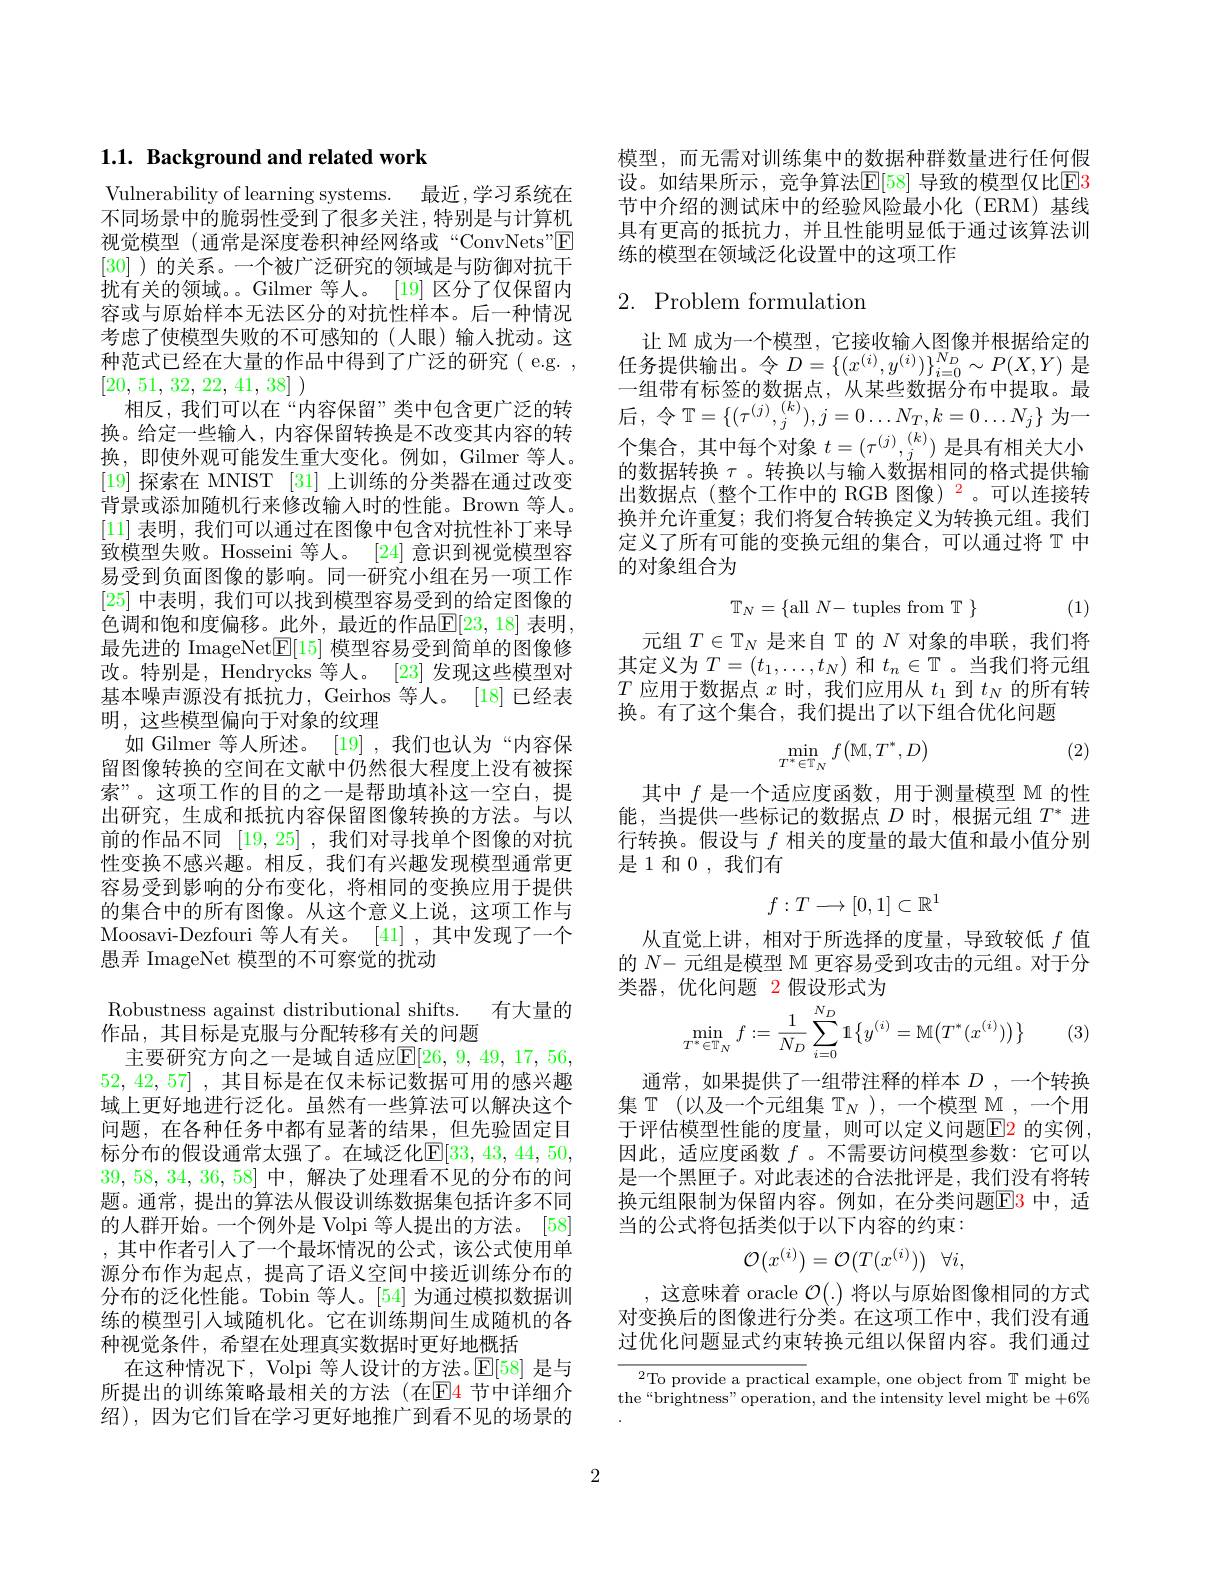
# 1.1. Background and related work

Vulnerability of learning systems. 最近，学习系统在不同场景中的脆弱性受到了很多关注，特别是与计算机视觉模型 (通常是深度卷积神经网络或“ConvNets”$\boxed{\mathrm{F}}$ [30] )的关系。一个被广泛研究的领域是与防御对抗干扰有关的领域。。Gilmer 等人。[19] 区分了仅保留内容或与原始样本无法区分的对抗性样本。后一种情况考虑了使模型失败的不可感知的(人眼)输人扰动。这种范式已经在大量的作品中得到了广泛的研究( e.g. , [20, 51, 32, 22, 41, 38] )
相反，我们可以在“内容保留”类中包含更广泛的转换。给定一些输人，内容保留转换是不改变其内容的转换，即使外观可能发生重大变化。例如，Gilmer 等人。[19]探索在 MNIST [31] 上训练的分类器在通过改变背景或添加随机行来修改输入时的性能。Brown 等人。[11]表明，我们可以通过在图像中包含对抗性补丁来导致模型失败。Hosseini 等人。[24] 意识到视觉模型容易受到负面图像的影响。同一研究小组在另一项工作[25]中表明，我们可以找到模型容易受到的给定图像的色调和饱和度偏移。此外，最近的作品$\mathbb{E}[23,18]$ 表明， 最先进的 ImageNet$\underline{\mathrm{E}}[15]$模型容易受到简单的图像修改。特别是，Hendrycks 等人。[23] 发现这些模型对基本噪声源没有抵抗力，Geirhos 等人。[18] 已经表明，这些模型偏向于对象的纹理
如 Gilmer 等人所述。[19] ,我们也认为“内容保留图像转换的空间在文献中仍然很大程度上没有被探索”。这项工作的目的之一是帮助填补这一空白，提出研究，生成和抵抗内容保留图像转换的方法。与以前的作品不同[19,25] ,我们对寻找单个图像的对抗性变换不感兴趣。相反，我们有兴趣发现模型通常更容易受到影响的分布变化，将相同的变换应用于提供的集合中的所有图像。从这个意义上说，这项工作与Moosavi-Dezfouri 等人有关。[41],其中发现了一个愚弄 ImageNet 模型的不可察觉的扰动
Robustness against distributional shifts. 有大量的
作品，其目标是克服与分配转移有关的问题
主要研究方向之一是域自适应$\mathbb{E}[26,9,49,17,56$, 52,42,57] ,其目标是在仅未标记数据可用的感兴趣域上更好地进行泛化。虽然有一些算法可以解决这个问题，在各种任务中都有显著的结果，但先验固定目标分布的假设通常太强了。在域泛化$\mathbb{E}[33,43,44,50$, 39,58,34,36,58]中，解决了处理看不见的分布的问题。通常，提出的算法从假设训练数据集包括许多不同的人群开始。一个例外是 Volpi 等人提出的方法。[58] ,其中作者引人了一个最坏情况的公式，该公式使用单源分布作为起点，提高了语义空间中接近训练分布的分布的泛化性能。Tobin 等人。[54] 为通过模拟数据训练的模型引入域随机化。它在训练期间生成随机的各种视觉条件，希望在处理真实数据时更好地概括
在这种情况下，Volpi 等人设计的方法。$\mathbb{E}[58]$是与绍),因为它们旨在学习更好地推广到看不见的场景的

模型，而无需对训练集中的数据种群数量进行任何假设。如结果所示，竞争算法$\mathbb{E}[58]$ 导致的模型仅比$\mathbb{E}$3节中介绍的测试床中的经验风险最小化(ERM)基线具有更高的抵抗力，并且性能明显低于通过该算法训练的模型在领域泛化设置中的这项工作

# $2.{\mathrm{~Problem~formulation}}$

让 M 成为一个模型，它接收输人图像并根据给定的任务提供输出。令$D=\{(x^{(i)},y^{(i)})\}_{i=0}^{N_D}\sim P(X,Y)$ 是一组带有标签的数据点，从某些数据分布中提取。最后，令$\mathbb{T}=\{(\tau^{(j)},_j^{(k)}),j=0\ldots N_T,k=0\ldots N_j\}$为一个集合，其中每个对象$t=(\tau^{(j)},_j^{(k)})$是具有相关大小的数据转换$\tau$。转换以与输入数据相同的格式提供输出数据点(整个工作中的 RGB 图像)$^{2}$。可以连接转换并允许重复；我们将复合转换定义为转换元组。我们定义了所有可能的变换元组的集合，可以通过将$\mathbb{T}$中的对象组合为
$$\mathbb{T}_N=\{\text{all}\:N-\text{tuples from}\mathbb{T}\:\}$$
$\{$ (1)

元组$T\in\mathbb{T}_N$是来自$\mathbb{T}$的$N$对象的串联，我们将其定义为$T=(t_1,\ldots,t_N)$和$t_n\in\mathbb{T}$ 。当我们将元组$T$应用于数据点$x$时，我们应用从$t_1$到$t_N$的所有转换。有了这个集合，我们提出了以下组合优化问题

(2)
$$\min_{T^*\in\mathbb{T}_N}f\begin{pmatrix}\mathbb{M},T^*,D\end{pmatrix}$$
其中$f$是一个适应度函数，用于测量模型 M 的性能，当提供一些标记的数据点$D$时，根据元组$T^*$进行转换。假设与$f$相关的度量的最大值和最小值分别是 1 和0 ,我们有
$$f:T\longrightarrow[0,1]\subset\mathbb{R}^1$$
从直觉上讲，相对于所选择的度量，导致较低$f$值的$N-$元组是模型 M 更容易受到攻击的元组。对于分类器，优化问题 2 假设形式为
$$\min_{T^{*}\in\mathbb{T}_{N}}f:=\frac{1}{N_{D}}\sum_{i=0}^{N_{D}}1\left\{y^{(i)}=\mathbb{M}\big(T^{*}(x^{(i)})\big)\right\}$$
(3)

通常，如果提供了一组带注释的样本$D$ ,一个转换集$\mathbb{T}$ (以及一个元组集$\mathbb{T}_N)$,一个模型 M ,一个用于评估模型性能的度量，则可以定义问题$\color{red}{\mathrm{E2}}$ 的实例， 因此，适应度函数$f$ 。不需要访问模型参数：它可以是一个黑匣子。对此表述的合法批评是，我们没有将转换元组限制为保留内容。例如，在分类问题$\color{red}{\mathrm{E3}}$ 中，适当的公式将包括类似于以下内容的约束：
$$\mathcal{O}(x^{(i)})=\mathcal{O}(T(x^{(i)}))\:\forall i,$$
,这意味着 oracle $\mathcal{O}(.)$将以与原始图像相同的方式对变换后的图像进行分类。在这项工作中，我们没有通过优化问题显式约束转换元组以保留内容。我们通过

$^{2}$To provide a practical example, one object from T might be the“brightness”operation, and the intensity level might be $+6\%$

2